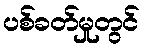
ပစ်ခတ်မှုတွင်